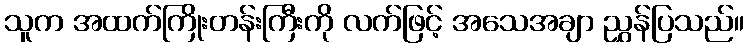
သူက အထက်ကြိုးတန်းကြီးကို လက်ဖြင့် အသေအချာ ညွှန်ပြသည်။